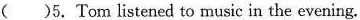
( )5.Tom listened to music in the evening.